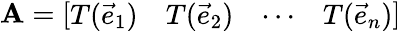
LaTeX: \mathbf{A}={\left[\begin{array}{llll}{T({\vec{e}}_{1})}&{T({\vec{e}}_{2})}&{\cdots}&{T({\vec{e}}_{n})}\end{array}\right]}